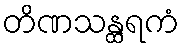
တိဏသန္ထရကံ